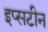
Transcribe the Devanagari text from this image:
इप्सटीन